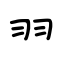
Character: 羽